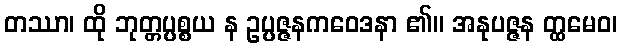
တဿာ၊ ထို ဘုတ္တပ္ပစ္စယ န ဥပ္ပဇ္ဇနကဝေဒနာ ၏။ အနုပဇ္ဇန တ္ထမေဝ၊